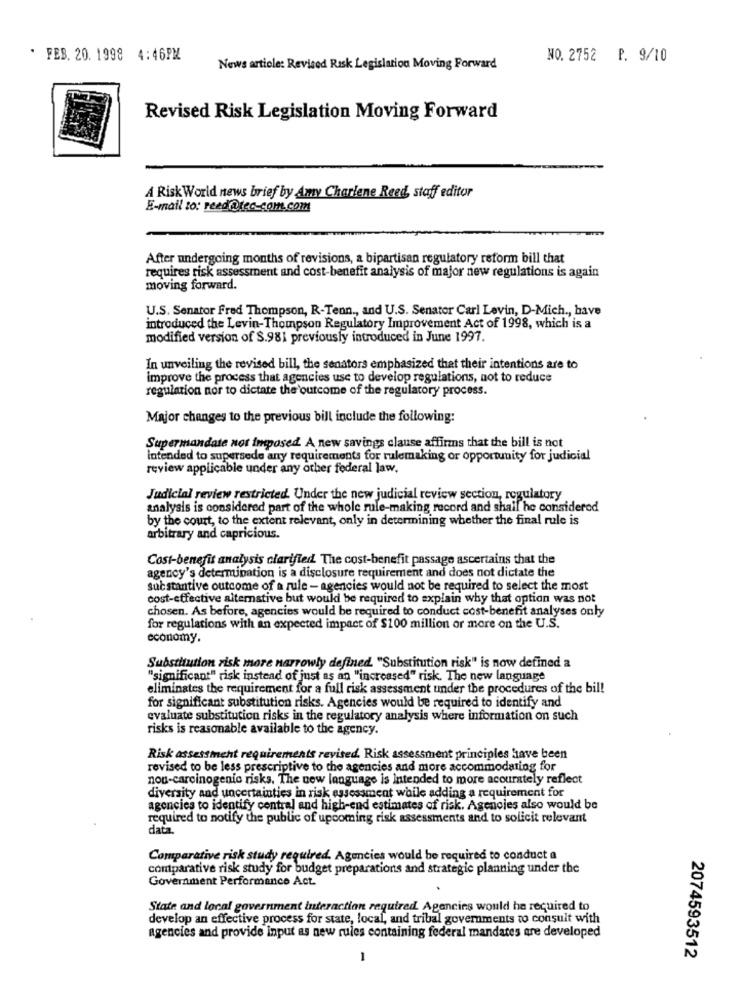
. FEB. 20. 1998 4:46PM
NO. 2752 P. 9/10
News article: Revised Risk Legislation Moving Forward
Revised Risk Legislation Moving Forward
A Risk World news brief by Amy Charlene Reed, staff editor
E-mail to: reed@tec_com.com
After undergoing months of revisions, a bipartisan regulatory reform bill that
requires risk assessment and cost-benefit analysis of major new regulations is again
moving forward.
U.S. Senator Fred Thompson, R-Tenn ., and U.S. Senator Carl Levin, D-Mich ., have
introduced the Levin-Thompson Regulatory Improvement Act of 1998, which is a
modified version of S.981 previously introduced in June 1997.
In unveiling the revised bill, the senators emphasized that their intentions are to
improve the process that agencies use to develop regulations, not to reduce
regulation nor to dictate the outcome of the regulatory process.
Major changes to the previous bill include the following:
Supermandate not Imposed A new savings clause affirms that the bill is not
Intended to supersede any requirements for rulemaking or opportmity for judicial
review applicable under any other federal law.
Judicial review restricted. Under the new judicial review section, regulatory
analysis is considered part of the whole rule-making record and shaif he considered
by the court, to the extent relevant, only in determining whether the final rule is
arbitrary and capricious.
Cost-benefit analysis clarified The cost-benefit passage ascertains that the
agency's determination is a disclosure requirement and does not dictate the
substantive outcome of a rule - agencies would not be required to select the most
cost-effective alternative but would be required to explain why that option was not
chosen. As before, agencies would be required to conduct cost-benefit analyses only
for regulations with an expected impact of $100 million or more on the U.S.
economy.
Substitution risk more narrowly defined "Substitution risk" is now defined a
"significant" risk instead of just as an "increased" risk. The new language
eliminates the requirement for a full risk assessment under the procedures of the bil!
for significant substitution risks. Agencies would be required to identify and
evaluate substitution risks in the regulatory analysis where information on such
risks is reasonable available to the agency.
Risk assessment requirements revised. Risk assessment principles have been
revised to be less prescriptive to the agencies and more accommodating for
non-carcinogenic risks. The new language is Intended to more accurately reflect
diversity and uncertainties in risk assessment while adding a requirement for
agencies to identify central and high-end estimates of risk. Agencjes also would be
required to notify the public of upcoming risk assessments and to solicit relevant
data.
Comparative risk study required. Agencies would be required to conduct a
contparative risk study for budget preparations and strategic planning under the
Government Performance Act.
State and local government interaction required. Agencies would he required to
develop an effective process for state, local, and tribal governments to consult with
agencies and provide input as new rules containing federal mandates are developed
-
2074593512